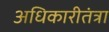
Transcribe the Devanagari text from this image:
अधिकारीतंत्रा